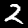
Label: 2